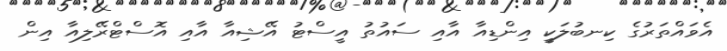
އެވައްތަރުގެ ކިނބުލަކީ އިންޑިއާ އާއި ސައުތު އީސްޓު އޭޝިއާ އާއި އޮސްޓްރޭލިއާ އިން